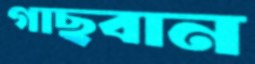
গাছবান